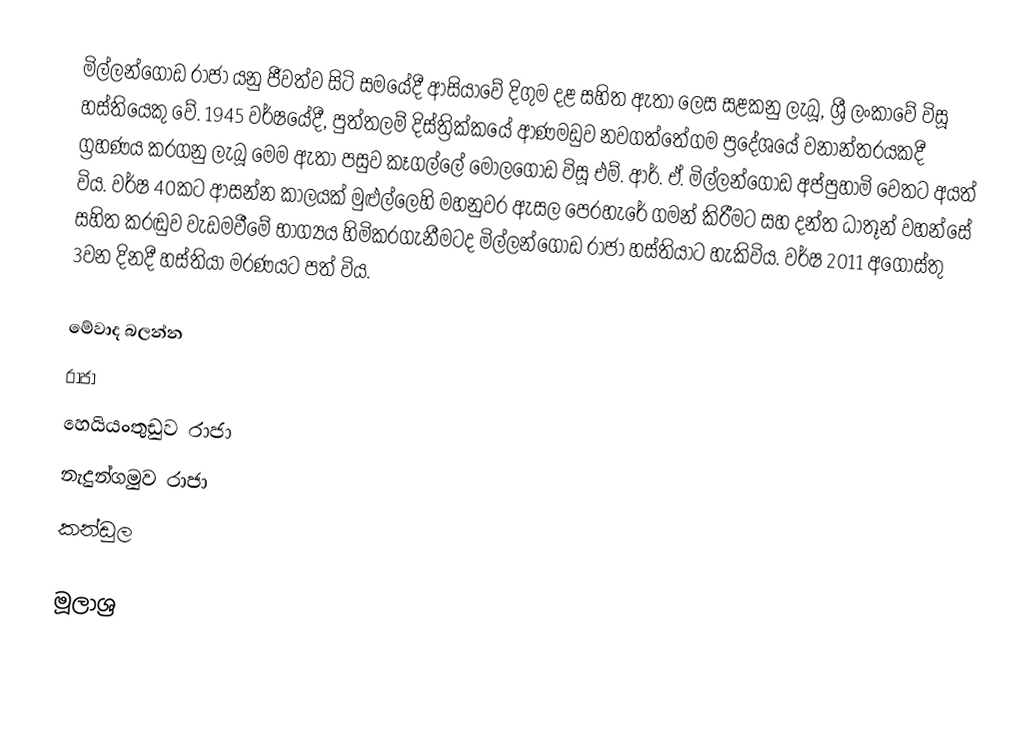
මිල්ලන්ගොඩ රාජා යනු ජීවත්ව සිටි සමයේදී ආසියාවේ දිගුම දළ සහිත ඇතා ලෙස සළකනු ලැබූ, ශ්‍රී ලංකාවේ විසූ හස්තියෙකු වේ. 1945 වර්ෂයේදී, පුත්තලම් දිස්ත්‍රික්කයේ ආණමඩුව නවගත්තේගම ප්‍රදේශයේ වනාන්තරයකදී ග්‍රහණය කරගනු ලැබූ මෙම ඇතා පසුව කෑගල්ලේ මොලගොඩ විසූ එම්. ආර්. ඒ. මිල්ලන්ගොඩ අප්පුහාමි වෙතට අයත් විය. වර්ෂ 40කට ආසන්න කාලයක් මුළුල්ලෙහි මහනුවර ඇසල පෙරහැරේ ගමන් කිරීමට සහ දන්ත ධාතූන් වහන්සේ සහිත කරඬුව වැඩමවීමේ භාග්‍යය හිමිකරගැනීමටද මිල්ලන්ගොඩ රාජා හස්තියාට හැකිවිය. වර්ෂ 2011 අගෝස්තු 3වන දිනදී හස්තියා මරණයට පත් විය.

මේවාද බලන්න
රාජා
හෙයියංතුඩුව රාජා
නැදුන්ගමුව රාජා
කන්ඩුල

මූලාශ්‍ර